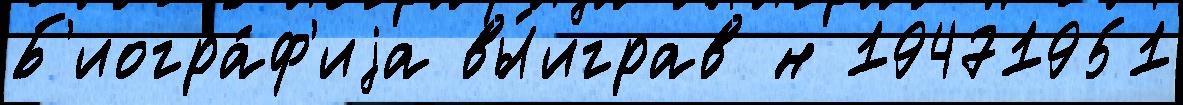
Б'иогра́ф'иjа вы́играв н 19471951